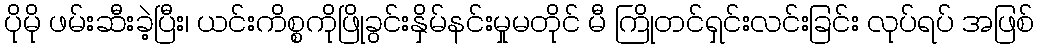
ပိုမို ဖမ်းဆီးခဲ့ပြီး၊ ယင်းကိစ္စကိုဖြိုခွင်းနှိမ်နင်းမှုမတိုင် မီ ကြိုတင်ရှင်းလင်းခြင်း လုပ်ရပ် အဖြစ်